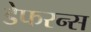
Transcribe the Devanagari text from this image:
डेफरन्स